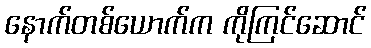
နောက်တစ်ယောက်က ကိုကြင်ဆောင်